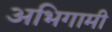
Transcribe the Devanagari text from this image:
अभिगामी